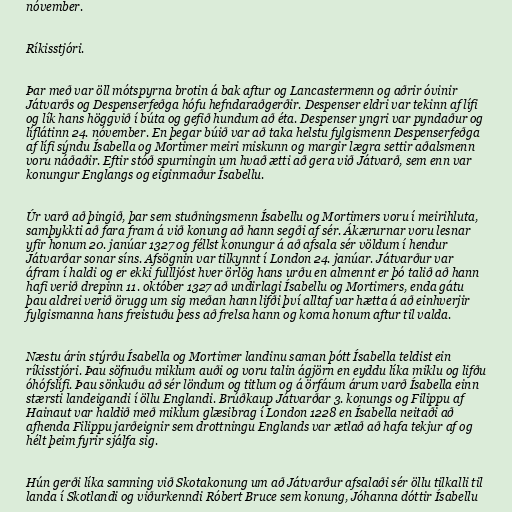
nóvember.

Ríkisstjóri.

Þar með var öll mótspyrna brotin á bak aftur og Lancastermenn og aðrir óvinir
Játvarðs og Despenserfeðga hófu hefndaraðgerðir. Despenser eldri var tekinn af lífi
og lík hans höggvið í búta og gefið hundum að éta. Despenser yngri var pyndaður og
líflátinn 24. nóvember. En þegar búið var að taka helstu fylgismenn Despenserfeðga
af lífi sýndu Ísabella og Mortimer meiri miskunn og margir lægra settir aðalsmenn
voru náðaðir. Eftir stóð spurningin um hvað ætti að gera við Játvarð, sem enn var
konungur Englangs og eiginmaður Ísabellu.

Úr varð að þingið, þar sem stuðningsmenn Ísabellu og Mortimers voru í meirihluta,
samþykkti að fara fram á við konung að hann segði af sér. Ákærurnar voru lesnar
yfir honum 20. janúar 1327 og féllst konungur á að afsala sér völdum í hendur
Játvarðar sonar síns. Afsögnin var tilkynnt í London 24. janúar. Játvarður var
áfram í haldi og er ekki fullljóst hver örlög hans urðu en almennt er þó talið að hann
hafi verið drepinn 11. október 1327 að undirlagi Ísabellu og Mortimers, enda gátu
þau aldrei verið örugg um sig meðan hann lifði því alltaf var hætta á að einhverjir
fylgismanna hans freistuðu þess að frelsa hann og koma honum aftur til valda.

Næstu árin stýrðu Ísabella og Mortimer landinu saman þótt Ísabella teldist ein
ríkisstjóri. Þau söfnuðu miklum auði og voru talin ágjörn en eyddu líka miklu og lifðu
óhófslífi. Þau sönkuðu að sér löndum og titlum og á örfáum árum varð Ísabella einn
stærsti landeigandi í öllu Englandi. Brúðkaup Játvarðar 3. konungs og Filippu af
Hainaut var haldið með miklum glæsibrag í London 1228 en Ísabella neitaði að
afhenda Filippu jarðeignir sem drottningu Englands var ætlað að hafa tekjur af og
hélt þeim fyrir sjálfa sig.

Hún gerði líka samning við Skotakonung um að Játvarður afsalaði sér öllu tilkalli til
landa í Skotlandi og viðurkenndi Róbert Bruce sem konung, Jóhanna dóttir Ísabellu